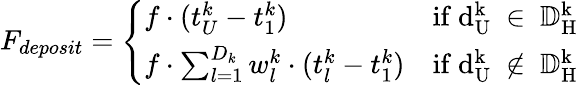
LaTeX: F_{deposit}=\left\{ \begin{array}{ll}{f\cdot(t_{U}^{k}-t_{1}^{k})}&{\mathrm{if~d_U^k~\in~{\mathbb{D}^k_H}~}}\\ {f\cdot\sum_{l=1}^{D_{k}}w_{l}^{k}\cdot(t_{l}^{k}-t_{1}^{k})}&{\mathrm{if~d_U^k~\notin~{\mathbb{D}^k_H}~}}\end{array}\right.